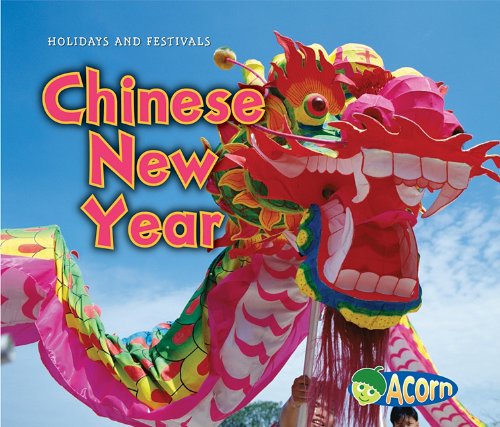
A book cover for Chinese New Year (Holidays and Festivals); Nancy Dickmann; Children's Books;